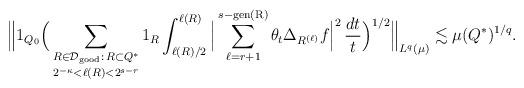
LaTeX: \begin{align*} \Big\| 1_{Q_0} \Big( \mathop{\sum_{R \in \mathcal{D}_{\textup{good}}:\, R \subset Q^*}}_{2^{-\kappa} < \ell(R) < 2^{s-r}} 1_{R} \int_{\ell(R)/2}^{\ell(R)} \Big| \mathop{\sum_{\ell=r+1}^{s-\textup{gen(R)}}} \theta_t \Delta_{R^{(\ell)}} f \Big|^2\, \frac{dt}{t}\Big)^{1/2} \Big\|_{L^q(\mu)} \lesssim \mu(Q^*)^{1/q}.\end{align*}